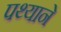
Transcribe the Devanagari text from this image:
पथ्याने